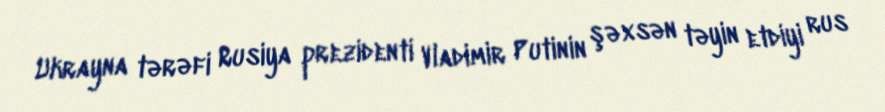
Ukrayna tərəfi Rusiya prezidenti Vladimir Putinin şəxsən təyin etdiyi rus